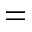
=